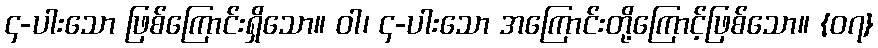
၄-ပါးသော ဖြစ်ကြောင်းရှိသော။ ဝါ၊ ၄-ပါးသော အကြောင်းတို့ကြောင့်ဖြစ်သော။ {၀၇}